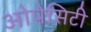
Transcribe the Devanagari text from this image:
ओपेसिटी